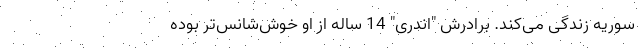
سوریه زندگی می‌کند. برادرش "اندری" 14 ساله از او خوش‌شانس‌تر بوده